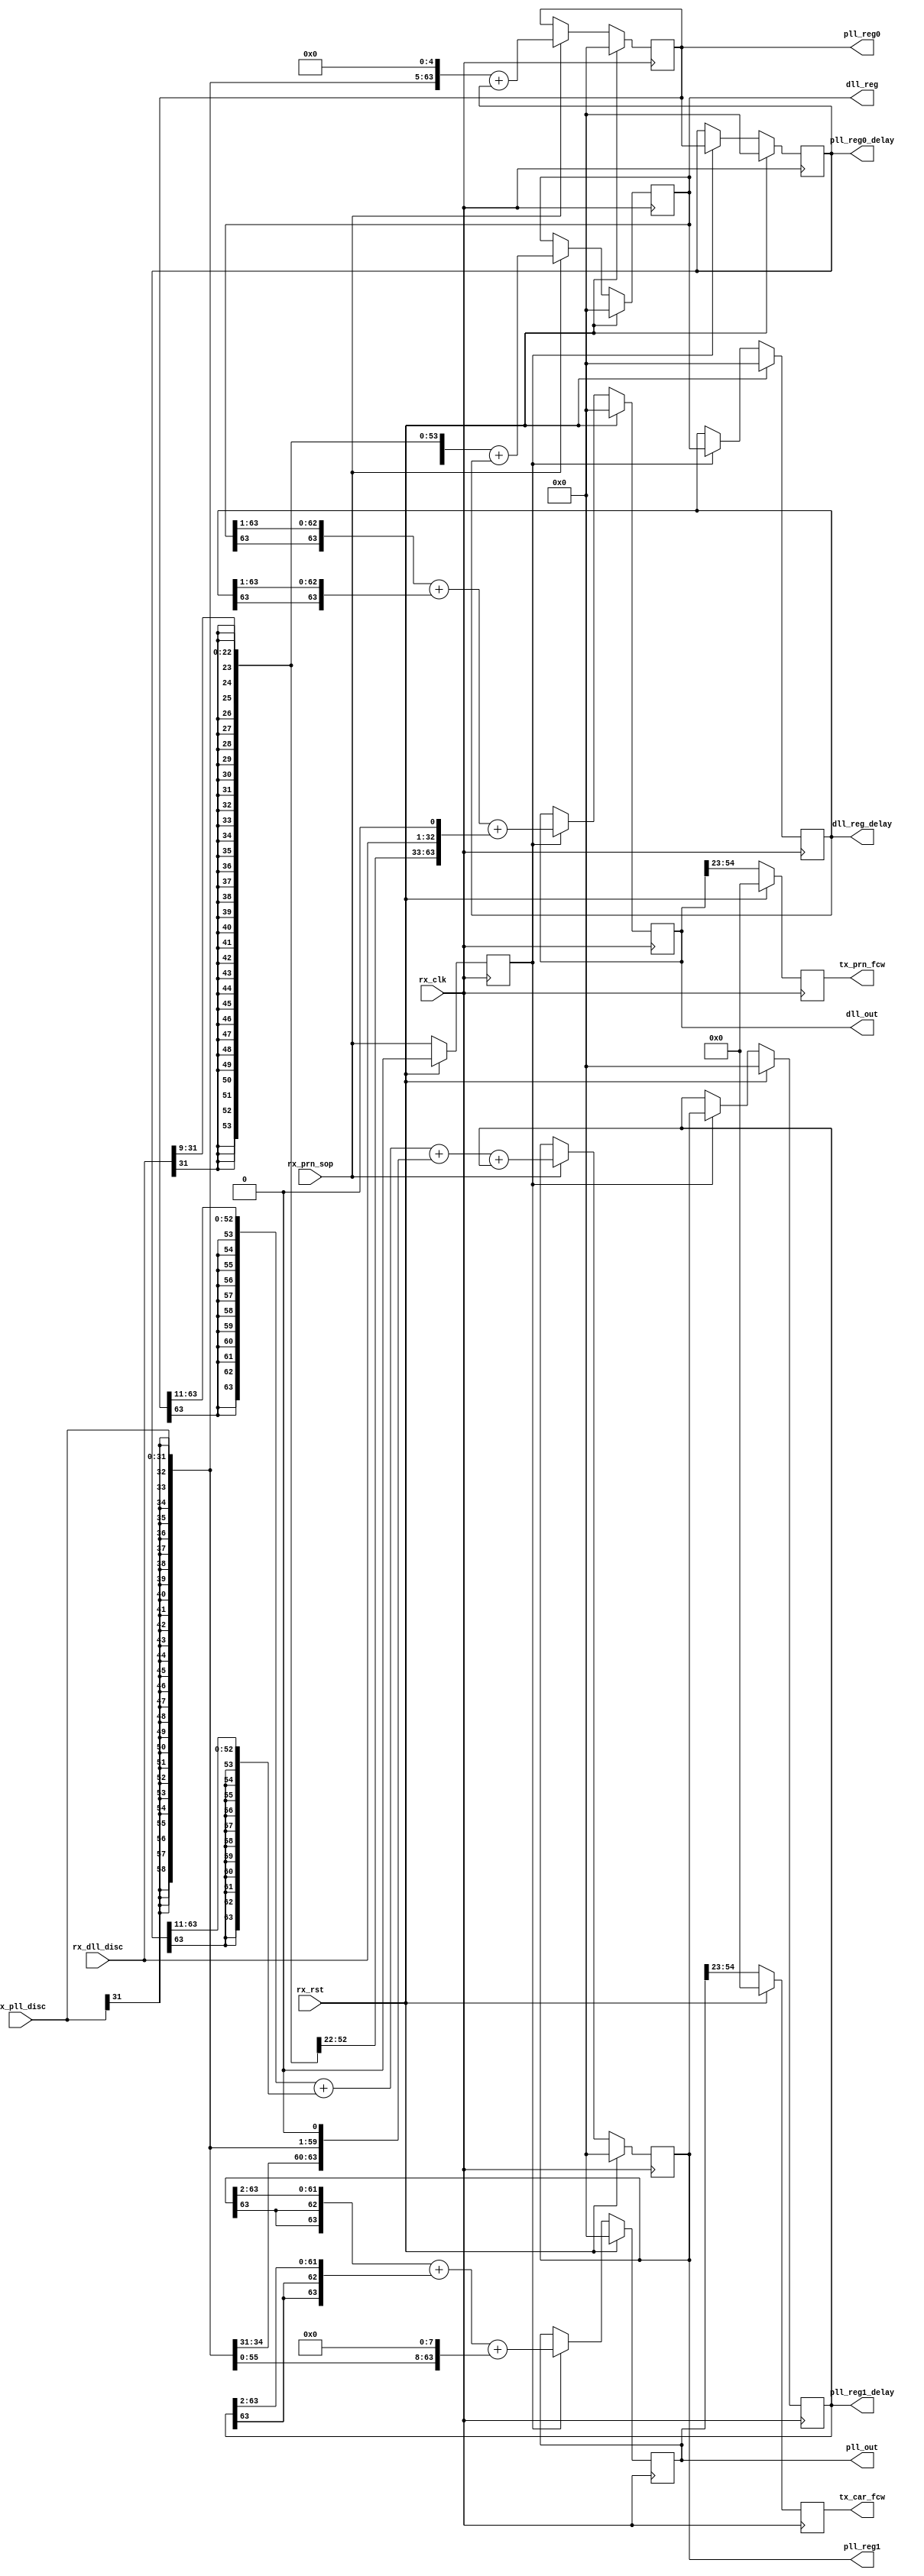
`timescale 1ns / 1ps
//////////////////////////////////////////////////////////////////////////////////
// Company: 
// Engineer: 
// 
// Design Name: 	whc
// Module Name:    LPF_TRK
// Project Name: 
// Target Devices: 
// Tool versions: 
// Description: 
//
// Dependencies: 
//
// Revision: 
// Revision 0.01 - File Created
// Additional Comments: 
//
//////////////////////////////////////////////////////////////////////////////////
module LPF_TRK(rx_rst,rx_clk,rx_pll_disc,rx_dll_disc,rx_prn_sop,
			tx_prn_fcw,tx_car_fcw,
			pll_reg0_delay,pll_reg1_delay,dll_out,pll_out,pll_reg0,
			pll_reg1,dll_reg,dll_reg_delay);

input rx_rst;
input rx_clk;
input rx_prn_sop;
input[31:0] rx_pll_disc;
input[31:0] rx_dll_disc;

output[31:0] tx_prn_fcw;
output[31:0] tx_car_fcw;

output[63:0] pll_reg0_delay;
output[63:0] pll_reg1_delay;
output[63:0] dll_out;
output[63:0] pll_out;
output[63:0] pll_reg0;
output[63:0] pll_reg1;
output[63:0] dll_reg;
output[63:0] dll_reg_delay;


reg prn_sop_delay;
always @(posedge rx_clk) begin
	if(rx_rst)
		prn_sop_delay <= 1'b0;
	else
		prn_sop_delay <= rx_prn_sop;
end

reg[63:0] dll_reg;
reg[63:0] pll_reg0;
reg[63:0] pll_reg1;
always @(posedge rx_clk) begin
	if(rx_rst) begin
		dll_reg <= 64'b0;
		pll_reg0 <= 64'b0;
		pll_reg1 <= 64'b0;
	end
	else if(rx_prn_sop)begin
		dll_reg  <= {{41{rx_dll_disc[31]}},rx_dll_disc[31:9]} + dll_reg_delay;
		pll_reg0 <= {{27{rx_pll_disc[31]}},rx_pll_disc,5'b0} + pll_reg0_delay;
		pll_reg1 <= {{11{pll_reg0[63]}},pll_reg0[63:11]} + {{11{pll_reg0_delay[63]}},pll_reg0_delay[63:11]} + {{31{rx_pll_disc[31]}},rx_pll_disc,1'b0} + pll_reg1_delay;
	end
end

//wire[63:0] dll_reg;
//wire[63:0] pll_reg0;
//wire[63:0] pll_reg1;
//assign dll_reg  = {{41{rx_dll_disc[31]}},rx_dll_disc[31:9]} + dll_reg_delay;
//assign pll_reg0 = {{27{rx_pll_disc[31]}},rx_pll_disc,5'b0} + pll_reg0_delay;
//assign pll_reg1 = {{11{pll_reg0[63]}},pll_reg0[63:11]} + {{11{pll_reg0_delay[63]}},pll_reg0_delay[63:11]} + {{31{rx_pll_disc[31]}},rx_pll_disc,1'b0} + pll_reg1_delay;
reg[63:0] dll_reg_delay;
reg[63:0] pll_reg0_delay;
reg[63:0] pll_reg1_delay;
reg[63:0] dll_out;
reg[63:0] pll_out;


always @(posedge rx_clk) begin
	if(rx_rst) begin
		dll_reg_delay <= 64'b0;
		pll_reg0_delay <= 64'b0;
		pll_reg1_delay <= 64'b0;
		dll_out <= 64'b0;
		pll_out <= 64'b0;
	end
	else begin
		if(prn_sop_delay) begin
			dll_out <= {{1{dll_reg[63]}},dll_reg[63:1]} + {{1{dll_reg_delay[63]}},dll_reg_delay[63:1]} + {{31{rx_dll_disc[31]}},rx_dll_disc,1'b0};
			pll_out <= {{2{pll_reg1[63]}},pll_reg1[63:2]} + {{2{pll_reg1_delay[63]}},pll_reg1_delay[63:2]} + {{24{rx_pll_disc[31]}},rx_pll_disc,8'b0};
			pll_reg0_delay <= pll_reg0;
			pll_reg1_delay <= pll_reg1;
			dll_reg_delay <= dll_reg;
		end
	end
end

reg[31:0] tx_prn_fcw;
reg[31:0] tx_car_fcw;
always @(posedge rx_clk) begin
	if(rx_rst) begin
		tx_prn_fcw <= 32'b0;
		tx_car_fcw <= 32'b0;
	end
	else begin
		tx_prn_fcw <= dll_out[54:23];
		tx_car_fcw <= pll_out[54:23];
	end
end

endmodule